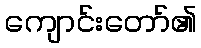
ကျောင်းတော်၏